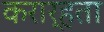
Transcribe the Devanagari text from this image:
करार्हता